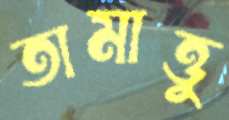
তামাত্তু